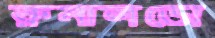
রুনালডো